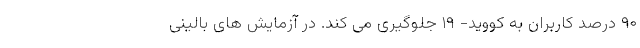
۹۰ درصد کاربران به کووید- ۱۹ جلوگیری می کند. در آزمایش های بالینی